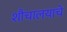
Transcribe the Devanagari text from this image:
शौचालयाचे